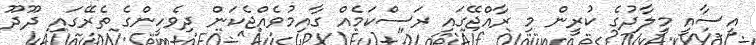
އީސާއީ މީލާދުގެ ކުރީން މި ރާއްޖޭގައި ރަސްކަމެއް ގާއިމުވެއްޖެކަން ދިވެހީންގެ ތެރޭގައި ދޫދޫ